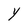
Character: Y